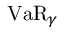
\operatorname { V a R } _ { \gamma }